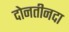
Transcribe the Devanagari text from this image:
दोनतीनदा